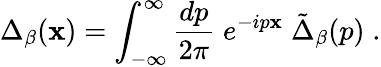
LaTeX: \Delta_{\beta}(\mathbf{x})=\int_{-\infty}^{\infty}{\frac{{dp}}{{2\pi}}}\; e^{-ip\mathbf{x}}\; \tilde{{\Delta}}_{\beta}(p)\; .